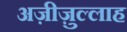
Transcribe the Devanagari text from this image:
अज़ीज़ुल्लाह